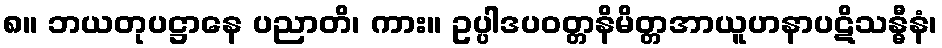
၈။ ဘယတုပဋ္ဌာနေ ပညာတိ၊ ကား။ ဥပ္ပါဒပဝတ္တနိမိတ္တအာယူဟနာပဋိသန္ဓီနံ၊